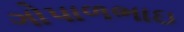
ગોપાળભાઇ